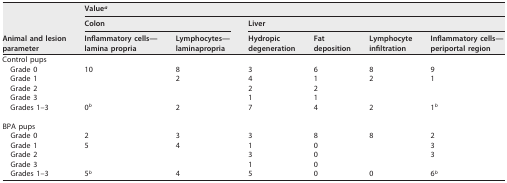
<table><thead><tr><td rowspan="3"><b>Animal and lesion parameter</b></td><td colspan="6"><b>Value<sup>a</sup></b></td></tr><tr><td colspan="2"><b>Colon</b></td><td colspan="4"><b>Liver</b></td></tr><tr><td><b>Inflammatory cells—lamina propria</b></td><td><b>Lymphocytes—laminapropria</b></td><td><b>Hydropic degeneration</b></td><td><b>Fat deposition</b></td><td><b>Lymphocyte infiltration</b></td><td><b>Inflammatory cells—periportal region</b></td></tr></thead><tbody><tr><td>Control pups</td><td></td><td></td><td></td><td></td><td></td><td></td></tr><tr><td>Grade 0</td><td>10</td><td>8</td><td>3</td><td>6</td><td>8</td><td>9</td></tr><tr><td>Grade 1</td><td></td><td>2</td><td>4</td><td>1</td><td>2</td><td>1</td></tr><tr><td>Grade 2</td><td></td><td></td><td>2</td><td>2</td><td></td><td></td></tr><tr><td>Grade 3</td><td></td><td></td><td>1</td><td>1</td><td></td><td></td></tr><tr><td>Grades 1–3</td><td>0<sup>b</sup></td><td>2</td><td>7</td><td>4</td><td>2</td><td>1<sup>b</sup></td></tr><tr><td>BPA pups</td><td></td><td></td><td></td><td></td><td></td><td></td></tr><tr><td>Grade 0</td><td>2</td><td>3</td><td>3</td><td>8</td><td>8</td><td>2</td></tr><tr><td>Grade 1</td><td>5</td><td>4</td><td>1</td><td>0</td><td></td><td>3</td></tr><tr><td>Grade 2</td><td></td><td></td><td>3</td><td>0</td><td></td><td>3</td></tr><tr><td>Grade 3</td><td></td><td></td><td>1</td><td>0</td><td></td><td></td></tr><tr><td>Grades 1–3</td><td>5<sup>b</sup></td><td>4</td><td>5</td><td>0</td><td>0</td><td>6<sup>b</sup></td></tr></tbody></table>